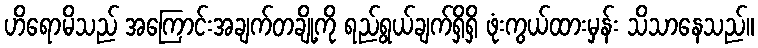
ဟိရောမိသည် အကြောင်းအချက်တချို့ကို ရည်ရွယ်ချက်ရှိရှိ ဖုံးကွယ်ထားမှန်း သိသာနေသည်။